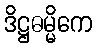
ဒိဋ္ဌဓမ္မိကေ